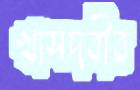
খাসদবীর